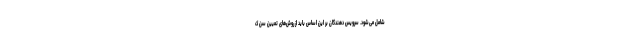
شامل می‌شود. سرویس دهندگان بر این اساس باید از روش‌های تعیین سن ک